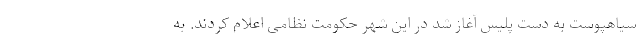
سیاهپوست به دست پلیس آغاز شد در این شهر حکومت نظامی اعلام کردند. به